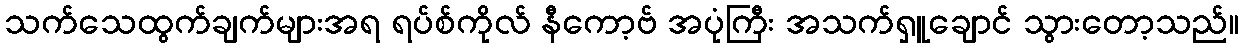
သက်သေထွက်ချက်များအရ ရပ်စ်ကိုလ် နီကော့ဗ် အပုံကြီး အသက်ရှူချောင် သွားတော့သည်။